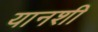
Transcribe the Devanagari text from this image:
यानशी